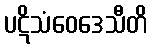
ပဋိသံဝေဒေသီတိ